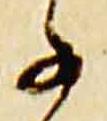
子